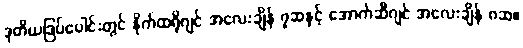
ဒုတိယဒြပ်ပေါင်းတွင် နိုက်ထရိုဂျင် အလေးချိန် ၇ဆနှင့် အောက်ဆီဂျင် အလေးချိန် ၈ဆ။